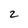
Character: 2